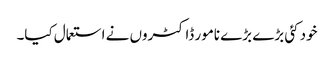
خود کئی بڑے بڑے نامور ڈاکٹروں نے استعمال کیا۔